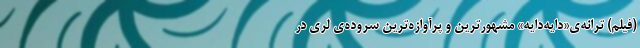
(فیلم) ترانه‌ی«دایه‌دایه» مشهورترین و پرآوازه‌ترین سروده‌ی لری در